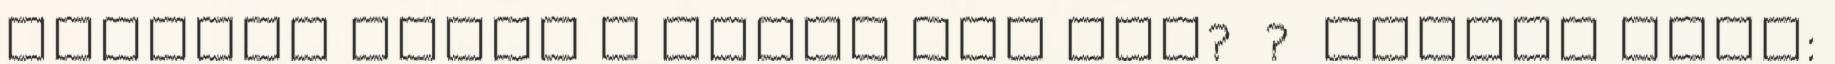
Tetszik Önnek a SEREG PÁL név? ? Google fiók: